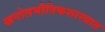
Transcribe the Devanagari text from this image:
खगोलभौतिकशास्त्रात